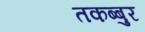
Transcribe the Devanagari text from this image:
तकब्बुर